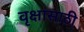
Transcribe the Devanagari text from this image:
वृक्षांसाठी